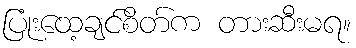
ပြုံးထေ့ချင်စိတ်က တားဆီးမရ။